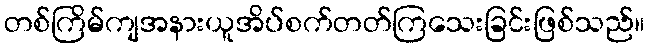
တစ်ကြိမ်ကျအနားယူအိပ်စက်တတ်ကြသေးခြင်းဖြစ်သည်။